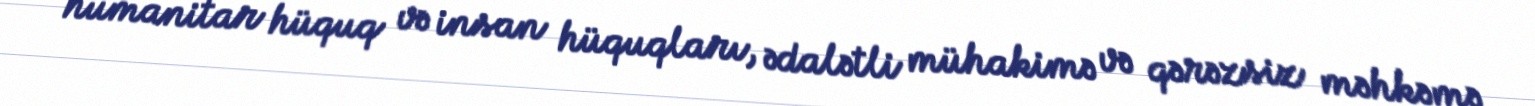
humanitar hüquq və insan hüquqları, ədalətli mühakimə və qərəzsiz məhkəmə